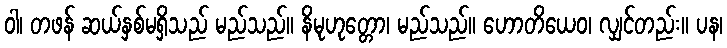
ဝါ၊ တဖန် ဆယ်နှစ်မရှိသည် မည်သည်။ နိမုဟုတ္တော၊ မည်သည်။ ဟောတိယေဝ၊ လျှင်တည်း။ ပန၊